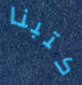
كتبنا